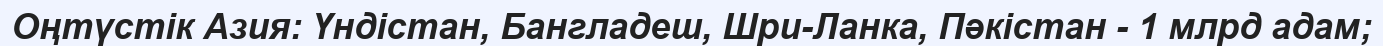
Оңтүстік Азия: Үндістан, Бангладеш, Шри-Ланка, Пәкістан - 1 млрд адам;